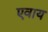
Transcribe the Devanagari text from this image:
एवाय